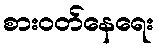
စားဝတ်နေရေး